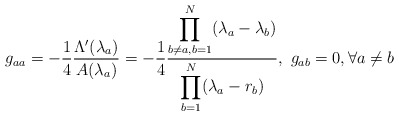
\begin{align*}g_{aa}=-\frac{1}{4}\frac{\Lambda'(\lambda_a)}{A(\lambda_a)}=-\frac{1}{4}\frac{\displaystyle \prod_{b\neq a,b=1}^N(\lambda_a-\lambda_b)}{\displaystyle \prod_{b=1}^N(\lambda_a-r_b)},\ g_{ab}=0, \forall a\neq b\end{align*}